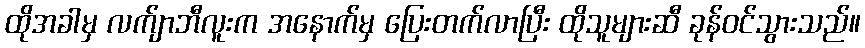
ထိုအခါမှ လက်ျာဘီလူးက အနောက်မှ ပြေးတက်လာပြီး ထိုသူများဆီ ခုန်ဝင်သွားသည်။